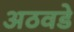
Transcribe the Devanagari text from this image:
अठवडे